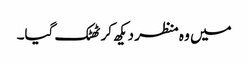
میں وہ منظر دیکھ کر ٹھٹک گیا۔